Report of the King Institute of Preventive Medicine, Guindy
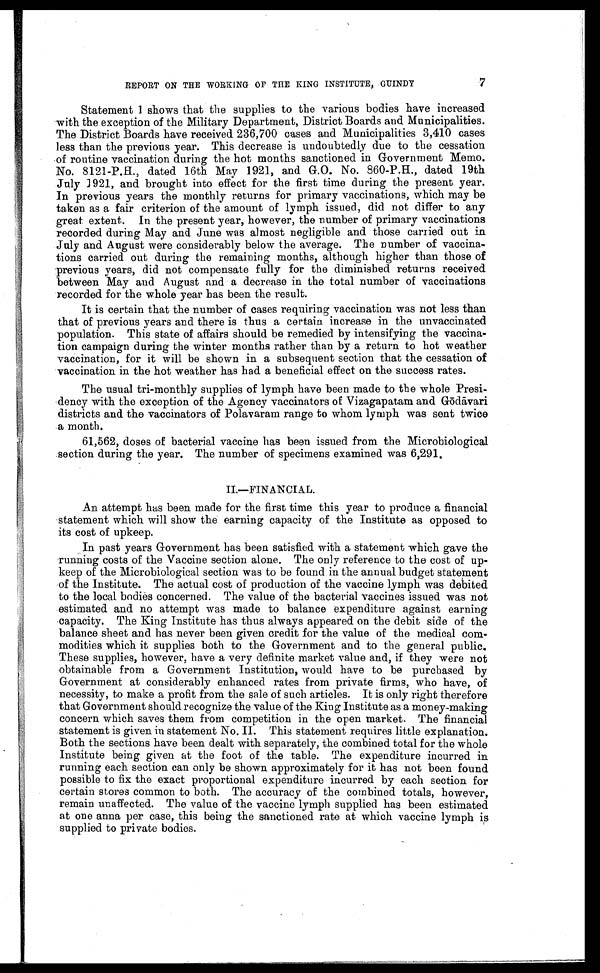
REPORT ON THE WORKING OF THE KING INSTITUTE, GUINDY
7
S t a t e me n t 1 s h o ws t h a t t h e s u p p l i e s t o t h e v a r i o u s b o d i e s h a v e i n c r e a s e d
with the exception of the Military Department, District Boards and Municipalities.
The District Boards have received 236,700 cases and Municipalities 3,410 cases
less than the previous year. This decrease is undoubtedly due to the cessation
of routine vaccination during the hot months sanctioned in Government Memo.
No. 8121-P.H., dated 16th May 1921, and G.O. No. 860-P.H., dated 19th
J u l y 1 9 2 1 , a n d b r o u g h t i n t o e f f e c t f o r t h e f i r s t t i m e d u r i n g t h e p r e s e n t y e a r .
In previous years the monthly returns for primary vaccinations, which may be
taken as a fair criterion of the amount of lymph issued, did not differ to any
great extent. In the present year, however, the number of primary vaccinations
recorded during May and June was almost negligible and those carried out in
July and August were considerably below the average. The number of vaccina-
tions carried out during the remaining months, although higher than those of
previous years, did not compensate fully for the diminished returns received
between May and August and a decrease in the total number of vaccinations
recorded for the whole year has been the result.
It is certain that the number of cases requiring vaccination was not less than
that of previous years and there is thus a certain increase in the unvaccinated
population. This state of affairs should be remedied by intensifying the vaccina-
tion campaign during the winter months rather than by a return to hot weather
vaccination, for it will be shown in a subsequent section that the cessation of
vaccination in the hot weather has had a beneficial effect on the success rates.
The usual tri-monthly supplies of lymph have been made to the whole Presi-
dency with the exception of the Agency vaccinators of Vizagapatam and Gōdā vari
districts and the vaccinators of Polavaram range to whom lymph was sent twice
a month.
61,562, doses of bacterial vaccine has been issued from the Microbiological
section during the year. The number of specimens examined was 6,291.
II—FINANCIAL.
An attempt has been made for the first time this year to produce a financial
statement which will show the earning capacity of the Institute as opposed to
its cost of upkeep.
In past years Government has been satisfied with a statement which gave the
running costs of the Vaccine section alone. The only reference to the cost of up-
keep of the Microbiological section was to be found in the annual budget statement
of the institute. The actual cost of production of the vaccine lymph was debited
to the local bodies concerned. The value of the bacterial vaccines issued was not
estimated and no attempt was made to balance expenditure against earning
capacity. The King Institute has thus always appeared on the debit side of the
balance sheet and has never been given credit for the value of the medical com-
modities which it supplies both to the Government and to the general public.
These supplies, however, have a very definite market value and, if they were not
obtainable from a Government Institution, would have to be purchased by
Government at considerably enhanced rates from private firms, who have, of
necessity, to make a profit from the sale of such articles. It is only right therefore
that Government should recognize the value of the King Institute as a money-making
concern which saves them from competition in the open market. The financial
statement is given in statement No. II. This statement requires little explanation.
Both the sections have been dealt with separately, the combined total for the whole
Institute being given at the foot of the table. The expenditure incurred in
running each section can only be shown approximately for it has not been found
possible to fix the exact proportional expenditure incurred by each section for
certain stores common to both. The accuracy of the combined totals, however,
remain unaffected. The value of the vaccine lymph supplied has been estimated
at one anna per case, this being the sanctioned rate at which vaccine lymph is
supplied to private bodies.